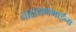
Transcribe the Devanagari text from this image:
नारायणभाईंना